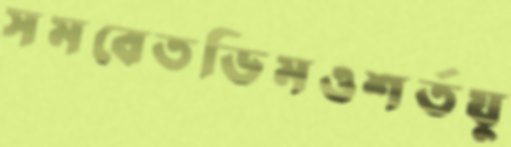
সমবেতডিমওশর্তযু